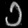
Digit: ၁